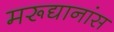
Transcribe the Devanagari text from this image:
मरूद्यानांस